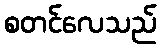
စတင်လေသည်